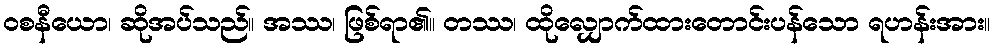
ဝစနီယော၊ ဆိုအပ်သည်။ အဿ၊ ဖြစ်ရာ၏။ တဿ၊ ထိုလျှောက်ထားတောင်းပန်သော ရဟန်းအား။